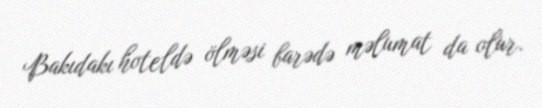
Bakıdakı hoteldə ölməsi barədə məlumat da olur.